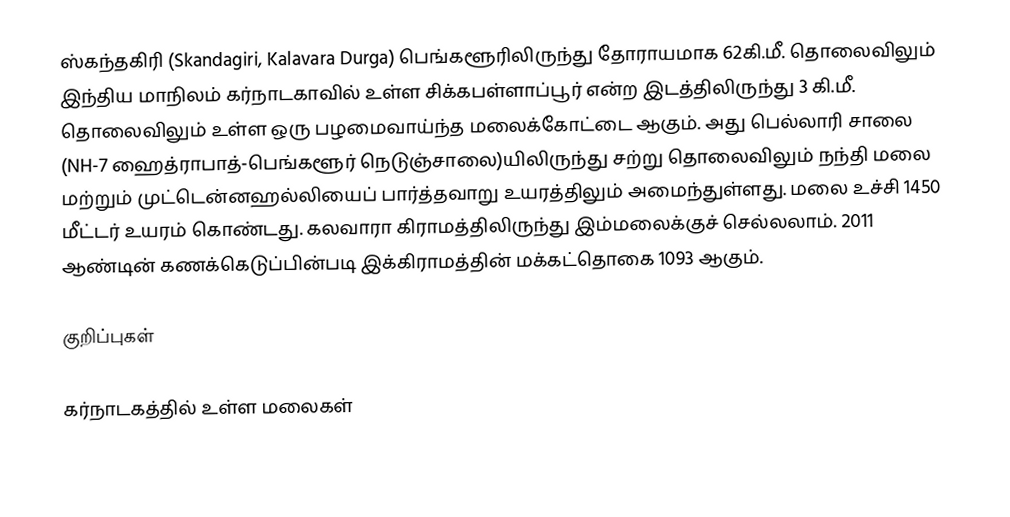
ஸ்கந்தகிரி (Skandagiri, Kalavara Durga) பெங்களூரிலிருந்து தோராயமாக 62கி.மீ. தொலைவிலும் இந்திய மாநிலம் கர்நாடகாவில் உள்ள சிக்கபள்ளாப்பூர் என்ற இடத்திலிருந்து 3 கி.மீ. தொலைவிலும் உள்ள ஒரு பழமைவாய்ந்த மலைக்கோட்டை ஆகும். அது பெல்லாரி சாலை (NH-7 ஹைத்ராபாத்-பெங்களூர் நெடுஞ்சாலை)யிலிருந்து சற்று தொலைவிலும் நந்தி மலை மற்றும் முட்டென்னஹல்லியைப் பார்த்தவாறு உயரத்திலும் அமைந்துள்ளது. மலை உச்சி 1450 மீட்டர் உயரம் கொண்டது. கலவாரா கிராமத்திலிருந்து இம்மலைக்குச் செல்லலாம். 2011 ஆண்டின் கணக்கெடுப்பின்படி இக்கிராமத்தின் மக்கட்தொகை 1093 ஆகும்.

குறிப்புகள்

கர்நாடகத்தில் உள்ள மலைகள்